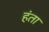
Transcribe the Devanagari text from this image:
हंता